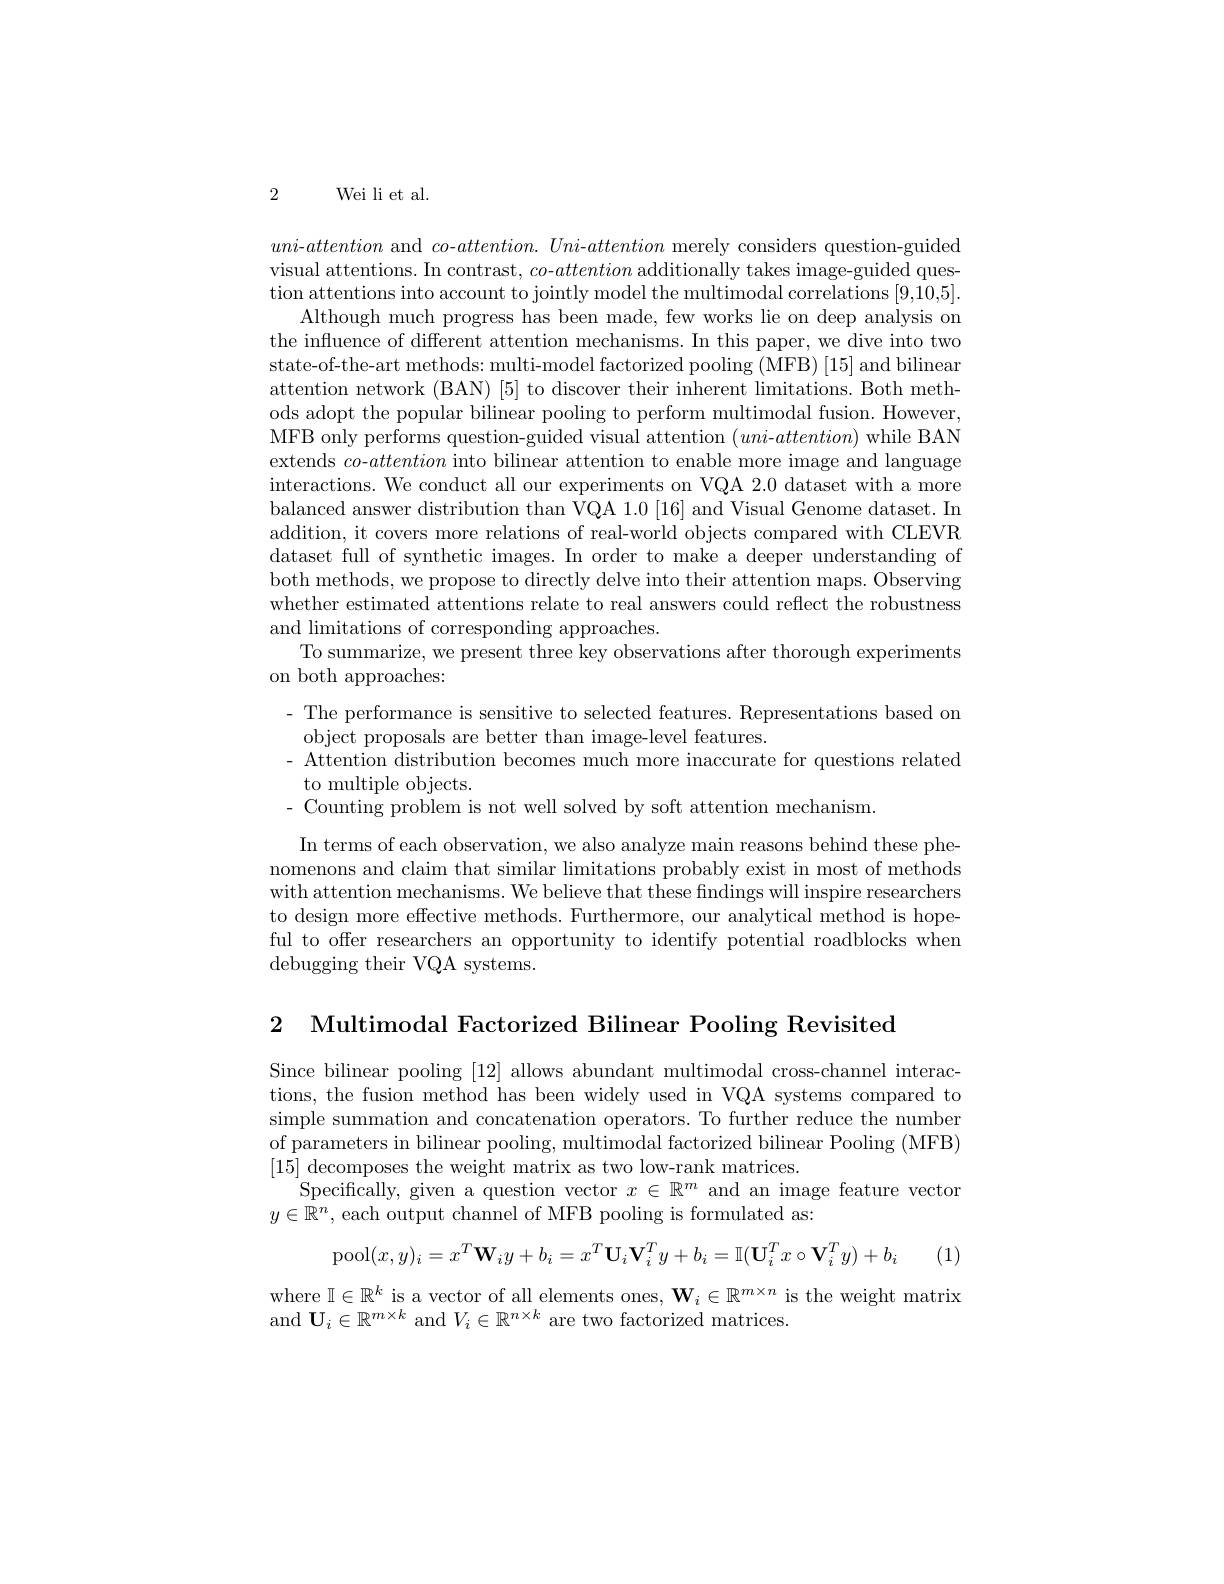
2

Wei li et al.

uni-attention and $co$-$attention.Uni$-attention merely considers question-guided visual attentions. In contrast, $co$-attention additionally takes image-guided question attentions into account to jointly model the multimodal correlations [9,10,5].
Although much progress has been made, few works lie on deep analysis on the influence of different attention mechanisms. In this paper, we dive into two state-of-the-art methods: multi-model factorized pooling (MFB) [15] and bilinear attention network (BAN) [5] to discover their inherent limitations. Both methods adopt the popular bilinear pooling to perform multimodal fusion. However, MFB only performs question-guided visual attention $(uni-attention)$ while BAN extends $co$-attention into bilinear attention to enable more image and language interactions. We conduct all our experiments on VQA 2.0 dataset with a more balanced answer distribution than VQA 1.0 [16] and Visual Genome dataset. In addition, it covers more relations of real-world objects compared with CLEVR dataset full of synthetic images. In order to make a deeper understanding of both methods, we propose to directly delve into their attention maps. Observing whether estimated attentions relate to real answers could reflect the robustness and limitations of corresponding approaches.
To summarize, we present three key observations after thorough experiments
on both approaches:
- The performance is sensitive to selected features. Representations based on
object proposals are better than image-level features.
- Attention distribution becomes much more inaccurate for questions related
to multiple objects.
- Counting problem is not well solved by soft attention mechanism.
In terms of each observation, we also analyze main reasons behind these phenomenons and claim that similar limitations probably exist in most of methods with attention mechanisms. We believe that these findings will inspire researchers to design more effective methods. Furthermore, our analytical method is hopeful to offer researchers an opportunity to identify potential roadblocks when debugging their VQA systems.

2 Multimodal Factorized Bilinear Pooling Revisited

Since bilinear pooling [12] allows abundant multimodal cross-channel interactions, the fusion method has been widely used in VQA systems compared to simple summation and concatenation operators. To further reduce the number of parameters in bilinear pooling, multimodal factorized bilinear Pooling (MFB) $[15]{\text{ decomposes the weight matrix as two low-rank matrices.}}$
Specifically, given a question vector $x\in\mathbb{R}^m$ and an image feature vector
$y\in\mathbb{R}^n$, each output channel of MFB pooling is formulated as:
$$\mathrm{pool}(x,y)_{i}=x^{T}\mathbf{W}_{i}y+b_{i}=x^{T}\mathbf{U}_{i}\mathbf{V}_{i}^{T}y+b_{i}=\mathbb{I}(\mathbf{U}_{i}^{T}x\circ\mathbf{V}_{i}^{T}y)+b_{i}$$
(1)

where $\mathbb{I} \in \mathbb{R} ^k$ is a vector of all elements ones,  $\mathbf{W} _i\in \mathbb{R} ^{m\times n}$ is the weight matrix and $\mathbf{U} _i\in \mathbb{R} ^{m\times k}$ and $V_i\in \mathbb{R} ^{n\times k}$ are two factorized matrices.